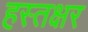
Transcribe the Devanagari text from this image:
हस्तक्षर